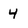
Character: 4